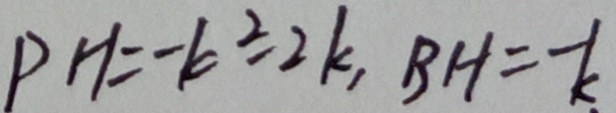
P H = - k ^ { 2 } - 2 k , B H = - k